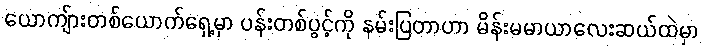
ယောကျ်ားတစ်ယောက်ရှေ့မှာ ပန်းတစ်ပွင့်ကို နမ်းပြတာဟာ မိန်းမမာယာလေးဆယ်ထဲမှာ